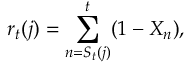
r _ { t } ( j ) = \sum _ { n = S _ { t } ( j ) } ^ { t } ( 1 - X _ { n } ) ,